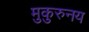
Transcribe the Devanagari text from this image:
मुकुरुनय